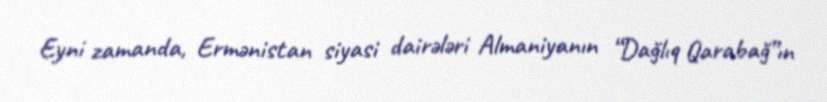
Eyni zamanda, Ermənistan siyasi dairələri Almaniyanın “Dağlıq Qarabağ”ın